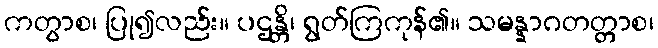
ကတွာစ၊ ပြု၍လည်း။ ပဌန္တိ၊ ရွတ်ကြကုန်၏။ သမန္နာဂတတ္တာစ၊